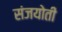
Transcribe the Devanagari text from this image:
संजयोती